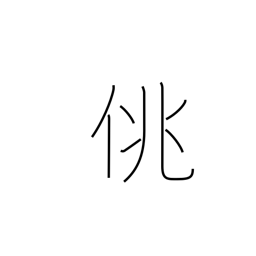
Meaning: frivolity